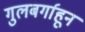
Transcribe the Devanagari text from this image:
गुलबर्गाहून